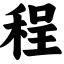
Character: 程